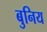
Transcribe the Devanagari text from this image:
बुनिय